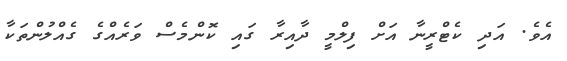
އެވެ. އަދި ކެޓްރީނާ އަށް ފިލްމީ ދާއިރާ ގައި ކޮންމެސް ވަރެއްގެ ގެއްލުންތަކާ